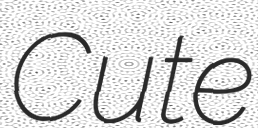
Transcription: Cute